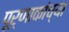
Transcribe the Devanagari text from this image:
पूर्णाकांच्या